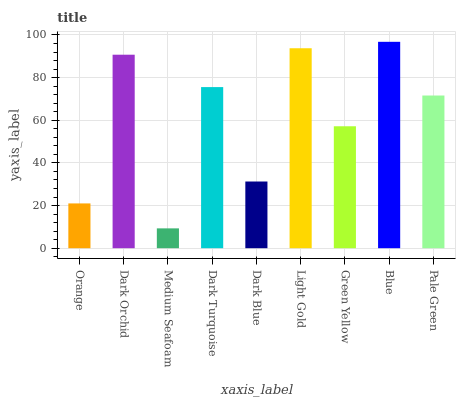
| xaxis_label | bars |
 | --- | --- |
 | Orange | 21 |
 | Dark Orchid | 90.8 |
 | Medium Seafoam | 9.3 |
 | Dark Turquoise | 75.6 |
 | Dark Blue | 31.3 |
 | Light Gold | 93.8 |
 | Green Yellow | 57.2 |
 | Blue | 96.8 |
 | Pale Green | 71.6 |